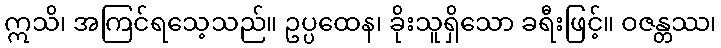
ဣသိ၊ အကြင်ရသေ့သည်။ ဥပ္ပထေန၊ ခိုးသူရှိသော ခရီးဖြင့်။ ဝဇန္တဿ၊